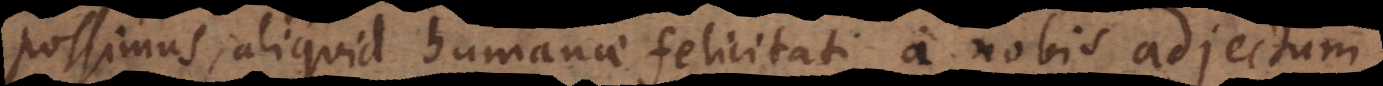
possimus, aliquid humanae felicitati a nobis adjectum